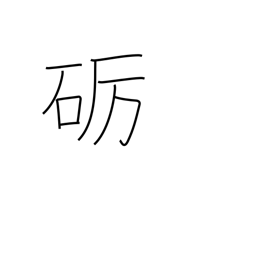
Meaning: polish